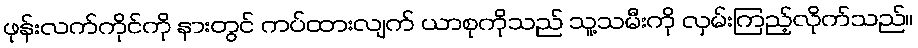
ဖုန်းလက်ကိုင်ကို နားတွင် ကပ်ထားလျက် ယာစုကိုသည် သူ့သမီးကို လှမ်းကြည့်လိုက်သည်။